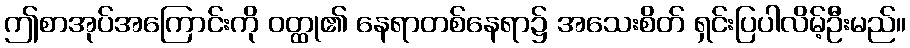
ဤစာအုပ်အကြောင်းကို ဝတ္ထု၏ နေရာတစ်နေရာ၌ အသေးစိတ် ရှင်းပြပါလိမ့်ဦးမည်။